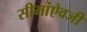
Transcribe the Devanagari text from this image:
सीमांऐवजी